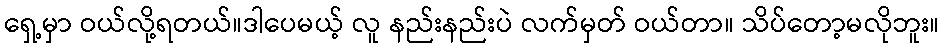
ရှေ့မှာ ဝယ်လို့ရတယ်။ဒါပေမယ့် လူ နည်းနည်းပဲ လက်မှတ် ဝယ်တာ။ သိပ်တော့မလိုဘူး။